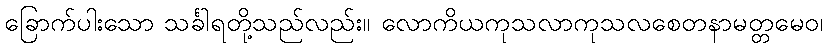
ခြောက်ပါးသော သင်္ခါရတို့သည်လည်း။ လောကိယကုသလာကုသလစေတနာမတ္တမေဝ၊